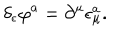
\delta _ { \epsilon } \varphi ^ { a } = \partial ^ { \mu } \epsilon _ { \mu } ^ { a } .